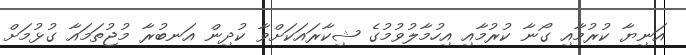
އަނިޔާ ކުރުމާއި ގޯނާ ކުރުމާއި އިހުމާލުވުމުގެ ޝިކާރައަކަށްވާ ކުދިން އަނބުރާ މުޖުތަމައާ ގުޅުމަށް